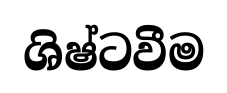
ශිෂ්ටවීම